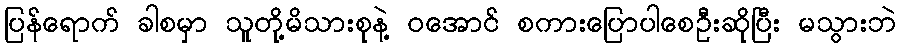
ပြန်ရောက် ခါစမှာ သူတို့မိသားစုနဲ့ ဝအောင် စကားပြောပါစေဦးဆိုပြီး မသွားဘဲ